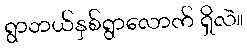
ရွာဘယ်နှစ်ရွာလောက် ရှိလဲ။